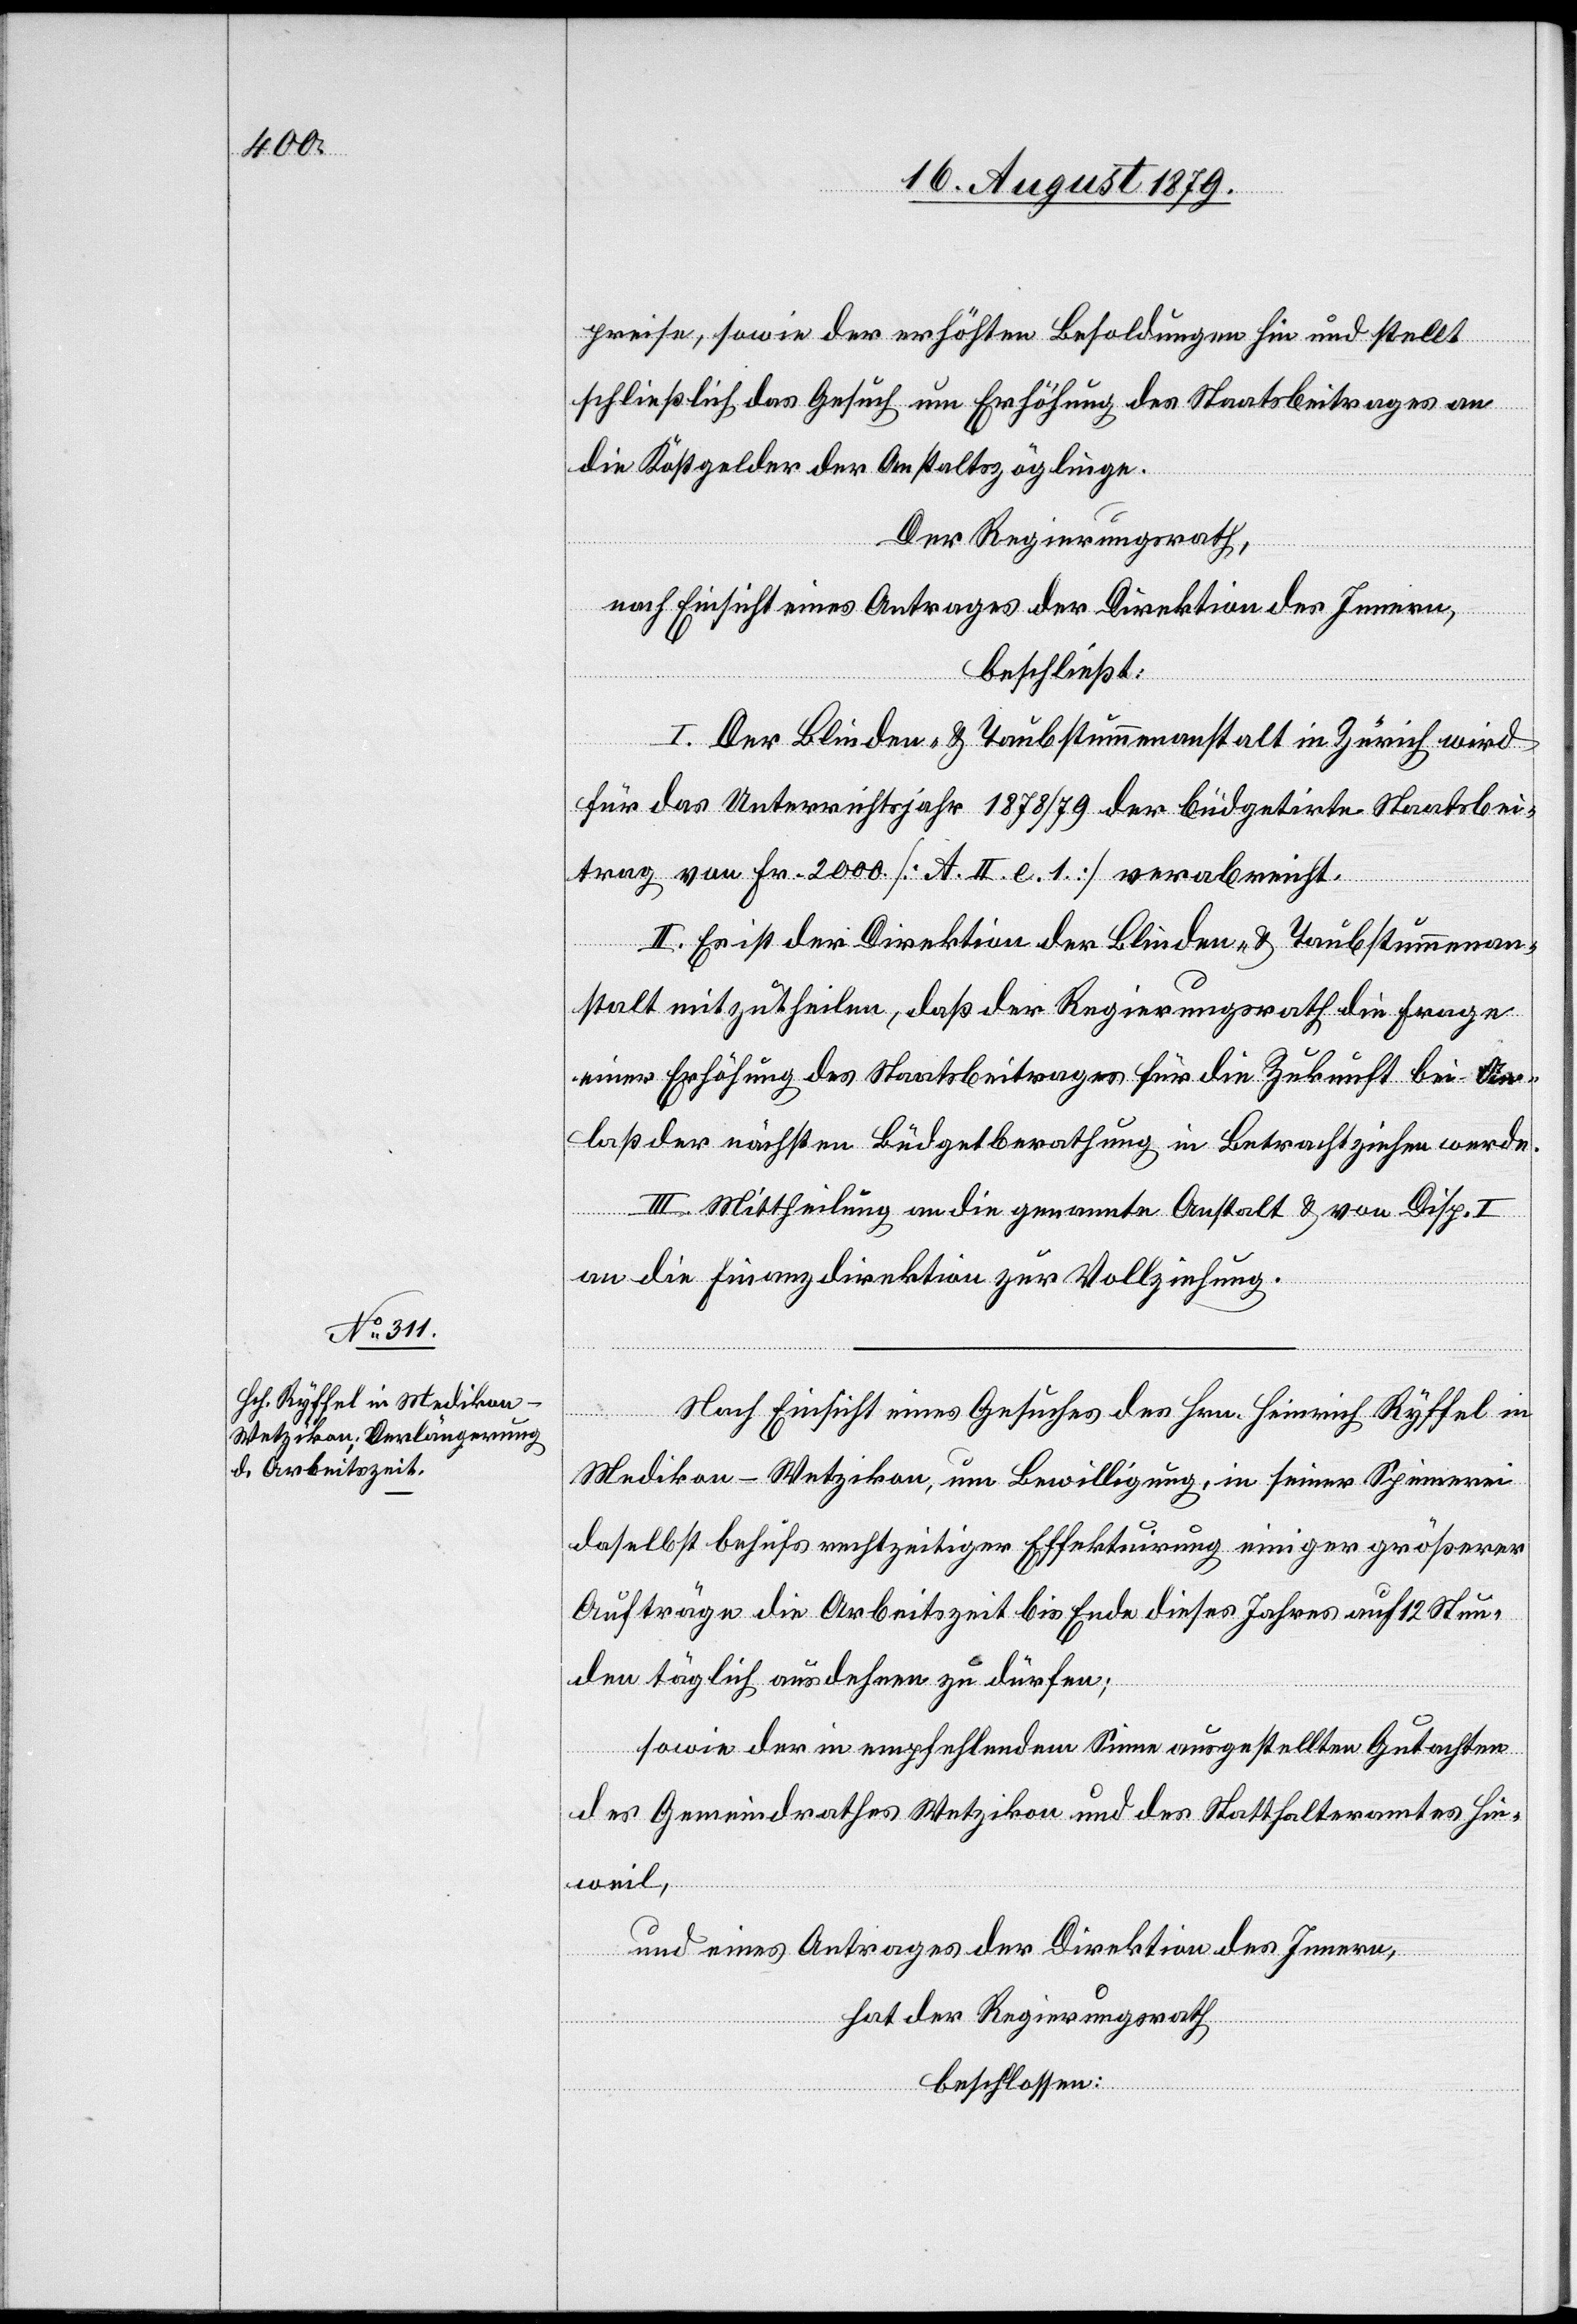
preise, sowie der erhöhten Besoldungen hin und stellt
schließlich das Gesuch um Erhöhung des Staatsbeitrages an
die Kostgelder der Anstaltszöglinge.
Der Regierungsrath,
nach Einsicht eines Antrages der Direktion des Innern,
beschließt:
I. Der Blinden- & Taubstummenanstalt in Zürich wird
für das Unterrichtsjahr 1878/79 der büdgetirte Staatsbei¬
trag von Fr. 2000 [A. II. e. 1] verabreicht.
II. Es ist der Direktion der Blinden- & Taubstummenan¬
stalt mitzutheilen, daß der Regierungsrath die Frage
einer Erhöhung des Staatsbeitrages für die Zukunft bei An¬
laß der nächsten Büdgetberathung in Betracht ziehen werde.
III. Mittheilung an die genannte Anstalt & von Disp. I
an die Finanzdirektion zur Vollziehung.
Nach Einsicht eines Gesuches des Hrn. Heinrich Ryffel in
Medikon - Wetzikon, um Bewilligung, in seiner Spinnerei
daselbst behufs rechtzeitiger Effektuirung einiger größerer
Aufträge die Arbeitszeit bis Ende dieses Jahres auf 12 Stun¬
den täglich ausdehnen zu dürfen;
sowie der in empfehlenden Sinne ausgestellten Gutachten
des Gemeindrathes Wetzikon und des Statthalteramtes Hin¬
weil,
und eines Antrages der Direktion des Innern,
hat der Regierungsrath
beschlossen: